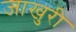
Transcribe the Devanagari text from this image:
जाखुरी